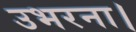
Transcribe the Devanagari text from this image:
उभरना।